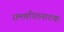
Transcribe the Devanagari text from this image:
रामचरितनाटक